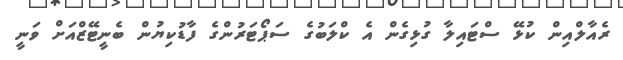
ރެއާލްއިން ކުޅޭ ސްޓައިލާ ގުޅިގެން އެ ކްލަބުގެ ސަޕޯޓަރުންގެ ފާޑުކިޔުން ބެނީޓޭޒްއަށް ވަނީ